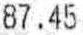
87.45